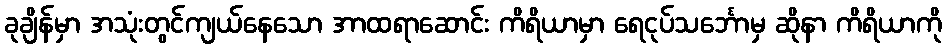
ခုချိန်မှာ အသုံးတွင်ကျယ်နေသော အာထရာဆောင်း ကိရိယာမှာ ရေငုပ်သင်္ဘောမှ ဆိုနာ ကိရိယာကို